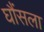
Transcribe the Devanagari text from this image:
घौंसला